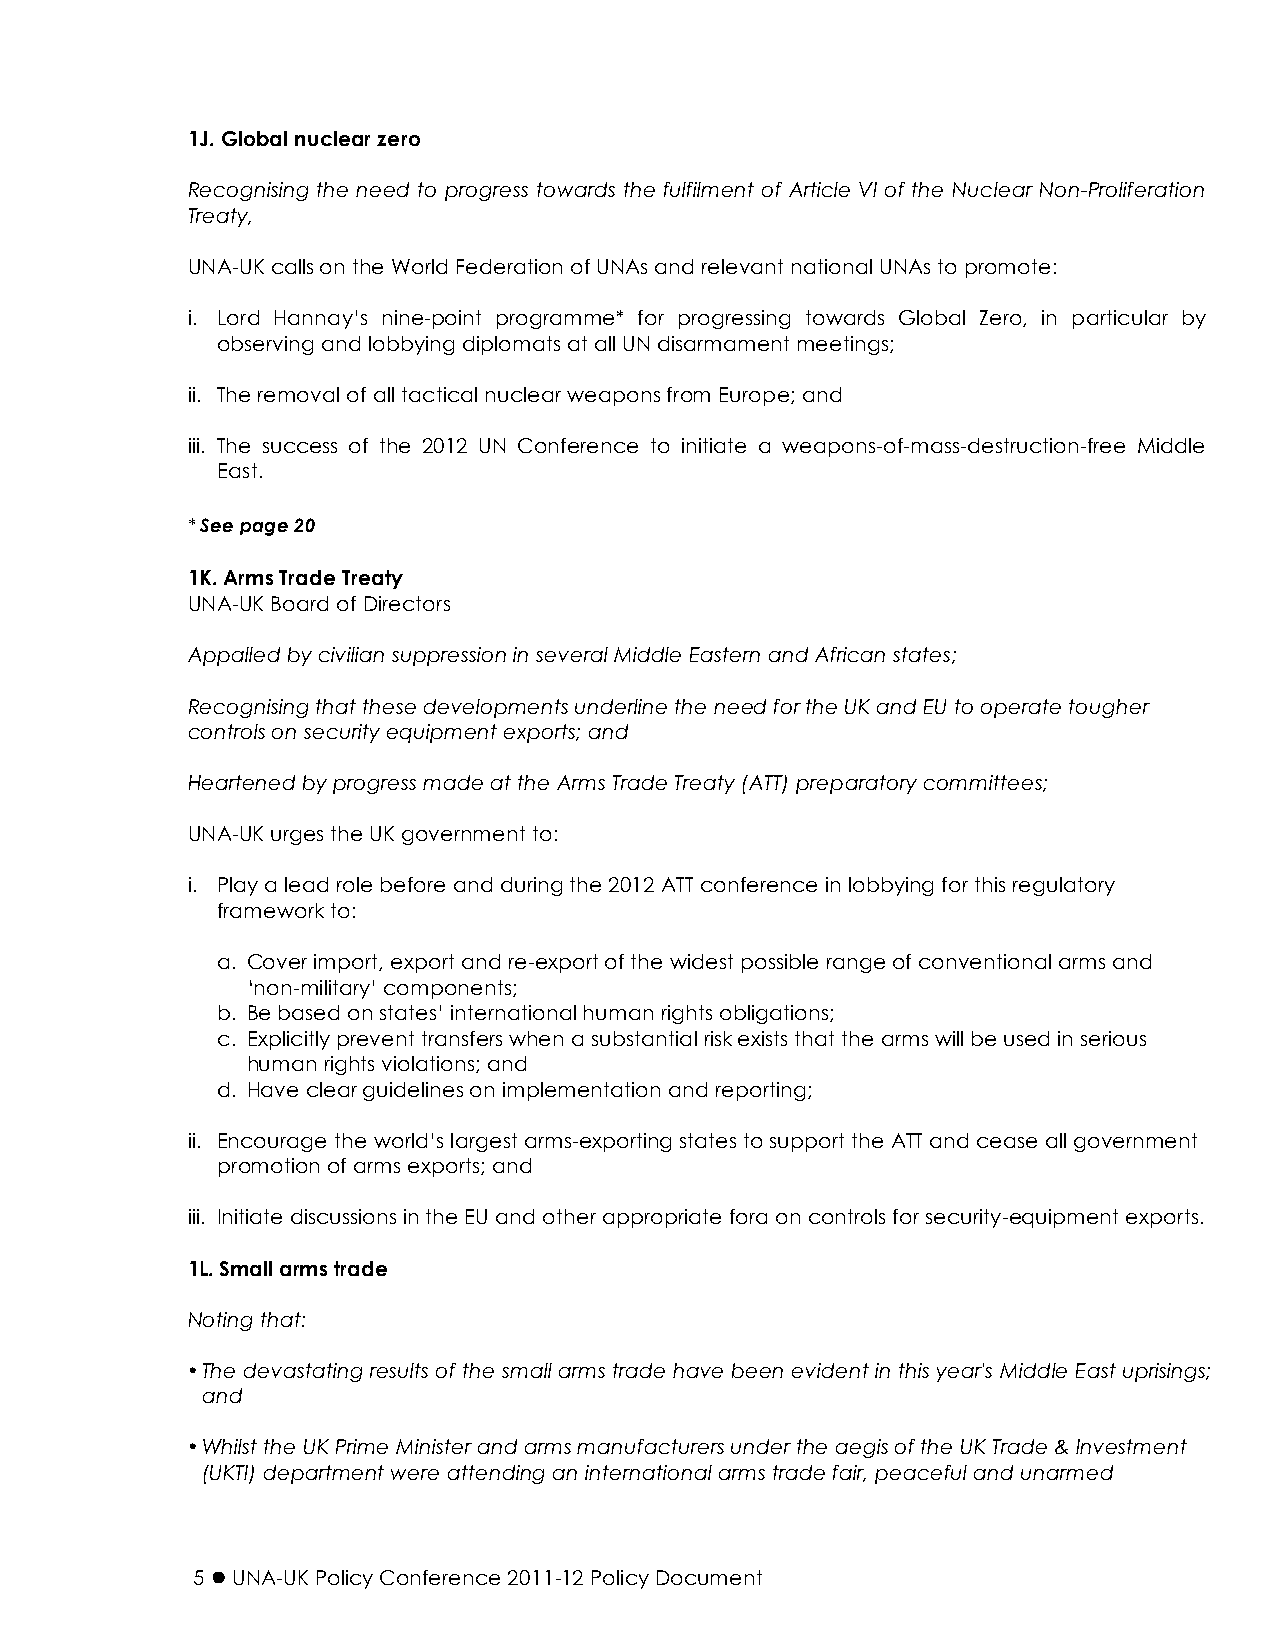
1J. Global nuclear zero
 Recognising the need to progress towards the fulfilment of Article VI of the Nuclear Non-Proliferation
 Treaty,
 UNA-UK calls on the World Federation of UNAs and relevant national UNAs to promote:
 i. Lord Hannay’s nine-point programme* for progressing towards Global Zero, in particular by
 observing and lobbying diplomats at all UN disarmament meetings;
 ii. The removal of all tactical nuclear weapons from Europe; and
 iii. The success of the 2012 UN Conference to initiate a weapons-of-mass-destruction-free Middle
 East.
 * See page 20
 1K. Arms Trade Treaty
 UNA-UK Board of Directors
 Appalled by civilian suppression in several Middle Eastern and African states;
 Recognising that these developments underline the need for the UK and EU to operate tougher
 controls on security equipment exports; and
 Heartened by progress made at the Arms Trade Treaty (ATT) preparatory committees;
 UNA-UK urges the UK government to:
 i. Play a lead role before and during the 2012 ATT conference in lobbying for this regulatory
 framework to:
 a. Cover import, export and re-export of the widest possible range of conventional arms and
 ‘non-military’ components;
 b. Be based on states’ international human rights obligations;
 c. Explicitly prevent transfers when a substantial risk exists that the arms will be used in serious
 human rights violations; and
 d. Have clear guidelines on implementation and reporting;
 ii. Encourage the world’s largest arms-exporting states to support the ATT and cease all government
 promotion of arms exports; and
 iii. Initiate discussions in the EU and other appropriate fora on controls for security-equipment exports.
 1L. Small arms trade
 Noting that:
 • The devastating results of the small arms trade have been evident in this year's Middle East uprisings;
 and
 • Whilst the UK Prime Minister and arms manufacturers under the aegis of the UK Trade & Investment
 (UKTI) department were attending an international arms trade fair, peaceful and unarmed
 5  UNA-UK Policy Conference 2011-12 Policy Document